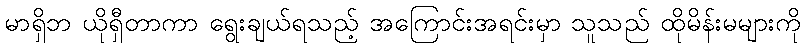
မာရှိဘ ယိုရှီတာကာ ရွေးချယ်ရသည့် အကြောင်းအရင်းမှာ သူသည် ထိုမိန်းမများကို